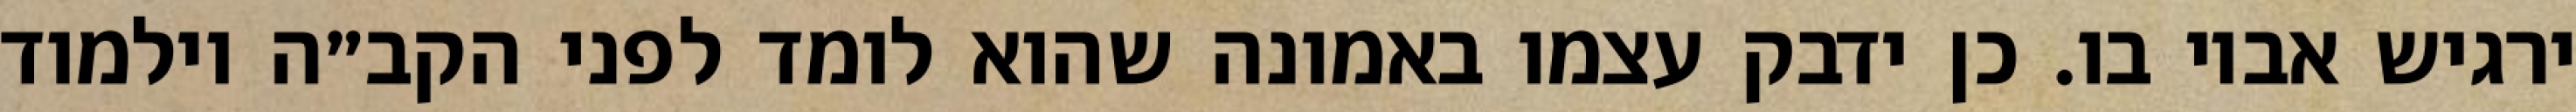
ירגיש אביו בו. כן ידבק עצמו באמונה שהוא לומד לפני הקב״ה וילמוד